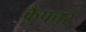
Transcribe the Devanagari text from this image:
कैपचर